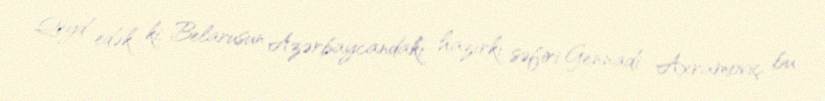
Qeyd edək ki, Belarusun Azərbaycandakı hazırkı səfiri Gennadi Axramoviç bu